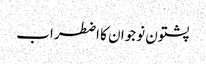
پشتون نوجوان کا اضطراب